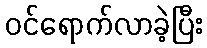
ဝင်ရောက်လာခဲ့ပြီး